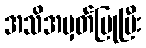
အသိအမှတ်ပြုပြီး